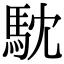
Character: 馾